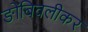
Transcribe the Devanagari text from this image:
ङोंबिवलीकर